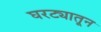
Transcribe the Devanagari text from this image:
घरट्यातून